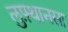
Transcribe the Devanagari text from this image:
लुफ़्थानसा